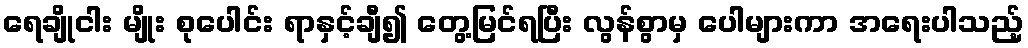
ရေချိုငါး မျိုး စုပေါင်း ရာနှင့်ချီ၍ တွေ့မြင်ရပြီး လွန်စွာမှ ပေါများကာ အရေးပါသည့်